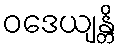
ဝဒေယျန္တိ